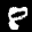
Label: 8